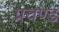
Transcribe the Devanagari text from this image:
प्रचण्‍ड